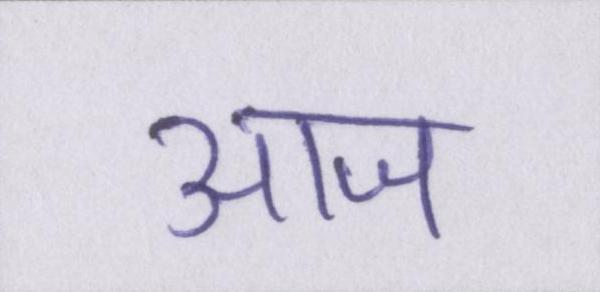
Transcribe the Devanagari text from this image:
आज